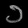
Digit: ၁